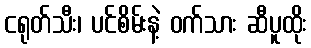
ငရုတ်သီး၊ ပင်စိမ်းနဲ့ ဝက်သား ဆီပူထိုး